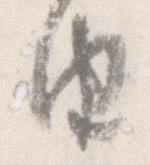
由